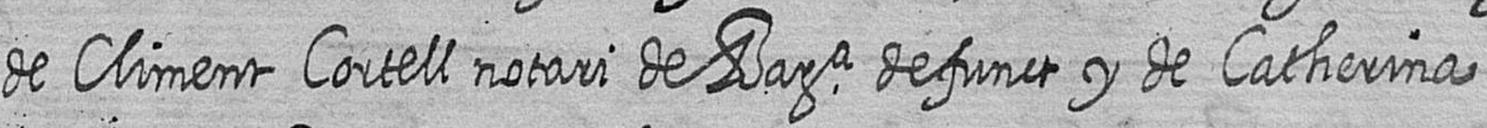
de Climent Cortell notari de Bara defunct y de Catherina